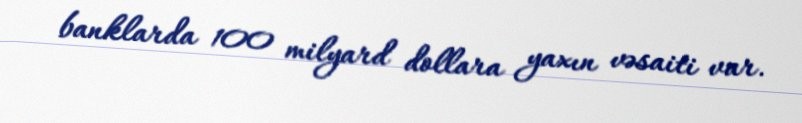
banklarda 100 milyard dollara yaxın vəsaiti var.